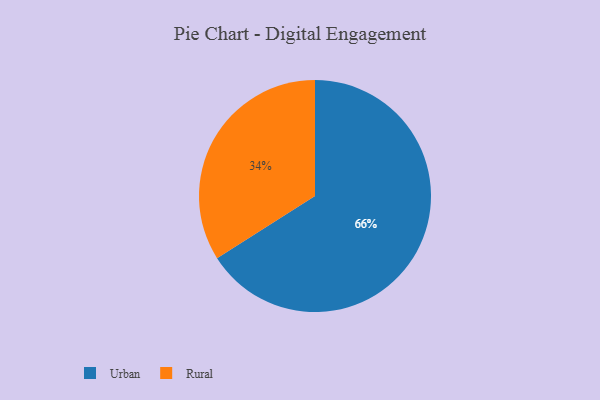
{"axis": {"x": "Category", "y": "Percentage"}, "legend": ["Rural", "Urban"], "data": [{"x": "Urban", "y": 66, "type": "Urban"}, {"x": "Rural", "y": 34, "type": "Rural"}]}